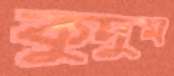
কুদুম